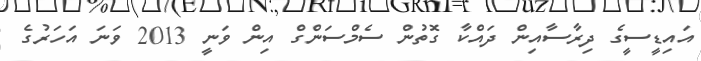
އައިޑީސީގެ ދިރާސާއިން ދައްކާ ގޮތުން ސެމްސަންގް އިން ވަނީ 2013 ވަނަ އަހަރުގެ